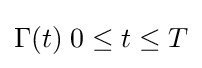
\Gamma (t)\;0\leq t\leq T